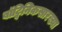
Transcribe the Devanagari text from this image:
बॉट्विनिकसारख्या